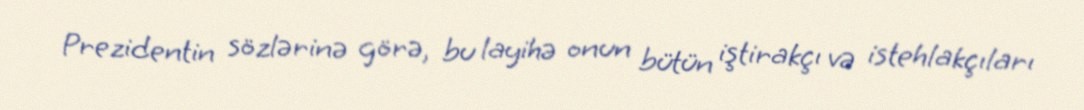
Prezidentin sözlərinə görə, bu layihə onun bütün iştirakçı və istehlakçıları